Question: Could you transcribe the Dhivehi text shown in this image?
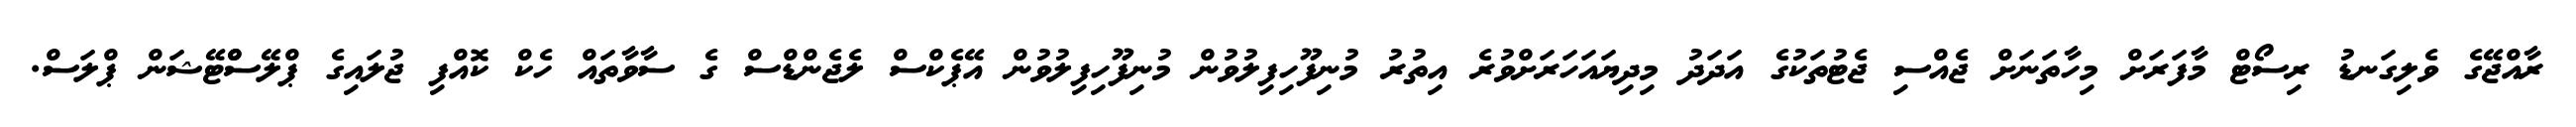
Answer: ރާއްޖޭގެ ވެލިގަނޑު ރިސޯޓް މާފަރަށް މިހާތަނަށް ޖެއްސި ޖެޓުތަކުގެ އަދަދު މިދިޔައަހަރަށްވުރެ އިތުރު މުނިފޫހިފިލުވުން މުނިފޫހިފިލުވުން އޭޕެކްސް ލެޖެންޑްސް ގެ ސާވާތައް ހެކް ކޮއްފި ޖުލައިގެ ޕްލޭސްްޓޭޝަން ޕްލަސް.